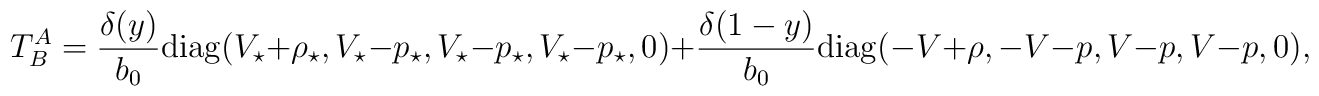
T^A_B=\frac{\delta(y)}{b_0}{\rm diag}(V_\star+\rho_\star,V_\star-p_\star,V_\star-p_\star,V_\star-p_\star,0)+\frac{\delta(1-y)}{b_0}{\rm diag}(-V+\rho,-V-p,V-p,V-p,0),